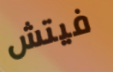
فيتش